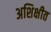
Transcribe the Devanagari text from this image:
अशिक्षीत